Vaccination Hyderabad 1890-1903 - 1890-1903
Year: 1890
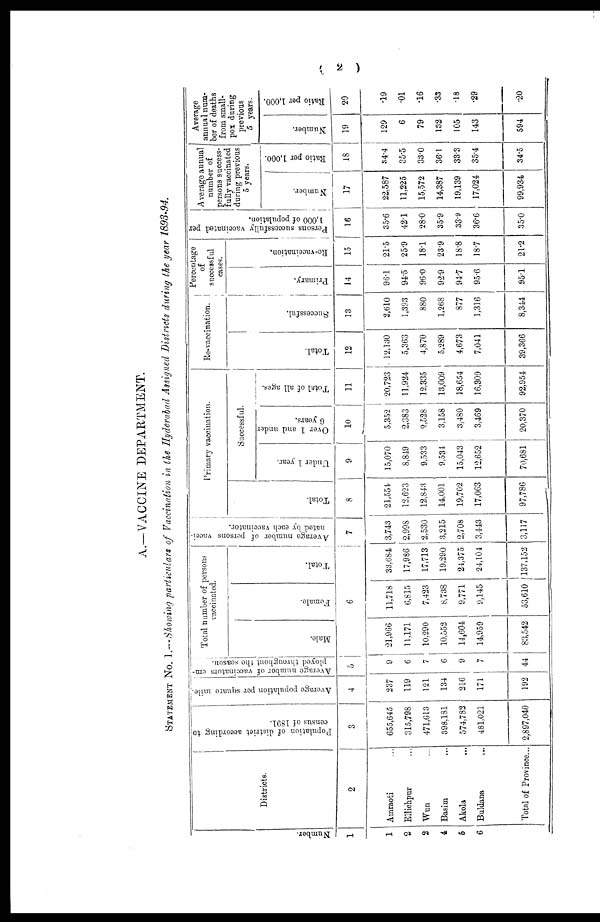
( 2 )
A.—VACCINE DEPARTMENT.
STATEMENT No. I.—Showing particulars of Vaccination in the Hyderabad Assigned Districts during the year 1893-94.
Number.
1
1
2
2
4
5
6
Districts.
2
Amraoti ...
Ellichpur ...
Wun ...
Basim ...
Akola
...
Buldana ...
Total of Province...
Population of district according to
census of 1891.
3
655,645
315,798
471,613
398,181
574,782
481,021
2,897,040
Average population per square mile.
4
237
119
121
134
216
171
192
Average number of vaccinators em¬
ployed throughout the season.
5
9
6
7
6
9
7
44
Total number of persons
vaccinated.
Male.
Female.
Total.
6
21,966
11,171
10,290
10,552
14,604
14,959
83,542
11,718
6,815
7,423
8,738
9,771
9,145
53,610
33,684
17,986
17,713
19,290
24,375
24,104
137,152
Average number of persons vacci-
nated by each vaccinator.
7
3,743
2,998
2,530
3,215
2,708
3,443
3,117
Primary vaccination.
Total.
8
21,554
12,623
12,843
14,001
19,702
17,063
97,786
Successful.
Under 1 year.
9
15,070
8,849
9,533
9,534
15,043
12,652
70,681
Over 1 and under
6 years.
10
5,352
2,383
2,528
3,158
3,480
3,469
20,370
Total of all ages.
11
20,723
11,924
12,335
13,009
18,654
16,309
92,954
Re-vaccination.
Total.
12
12,130
5,363
4,870
5,289
4,673
7,041
39,366
Successful.
13
2,610
1,393
880
1,268
877
1,316
8,344
Percentage
of
successful
cases.
Primary.
14
96.1
94.5
96.0
92.9
94.7
95.6
95.1
Re-vaccination.
15
21.5
25.9
18.1
23.9
18.8
18.7
21.2
Persons successfully vaccinated per
1,000 of population.
16
35.6
42.1
28.0
35.9
33.9
36.6
35.0
Average annual
number of
persons success-
fully vaccinated
during previous
5 years.
Number.
17
22,587
11,225
15,572
14,387
19,139
17,024
99,934
Ratio per 1,000.
18
34.4
35.5
33.0
36.1
33.3
35.4
34.5
Average
annual num-
ber of deaths
from small-
pox during
previous
5 years.
Number.
19
129
6
79
132
105
143
594
Ratio per 1,000.
20
.19
.01
.16
.33
.18
.29
.20